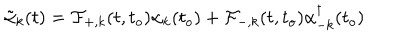
LaTeX: \tilde { \alpha } _ { k } ( t ) = { \cal { F } } _ { + , k } ( t , t _ { o } ) { \alpha } _ { k } ( t _ { o } ) + { \cal { F } } _ { - , k } ( t , t _ { o } ) { \alpha } _ { - k } ^ { \dagger } ( t _ { o } )